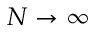
N \rightarrow \infty